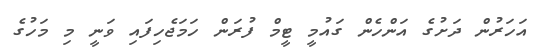
އަހަރުން ދަށުގެ އަންހެން ގައުމީ ޓީމް ފުރަން ހަމަޖެހިފައި ވަނީ މި މަހުގެ